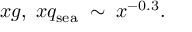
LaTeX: x g , \; x q _ { \mathrm { s e a } } \; \sim \; x ^ { - 0 . 3 } .